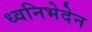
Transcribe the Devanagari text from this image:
ध्वनिभेदेन